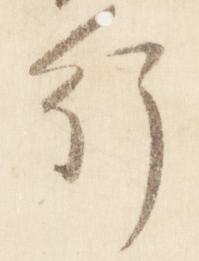
行